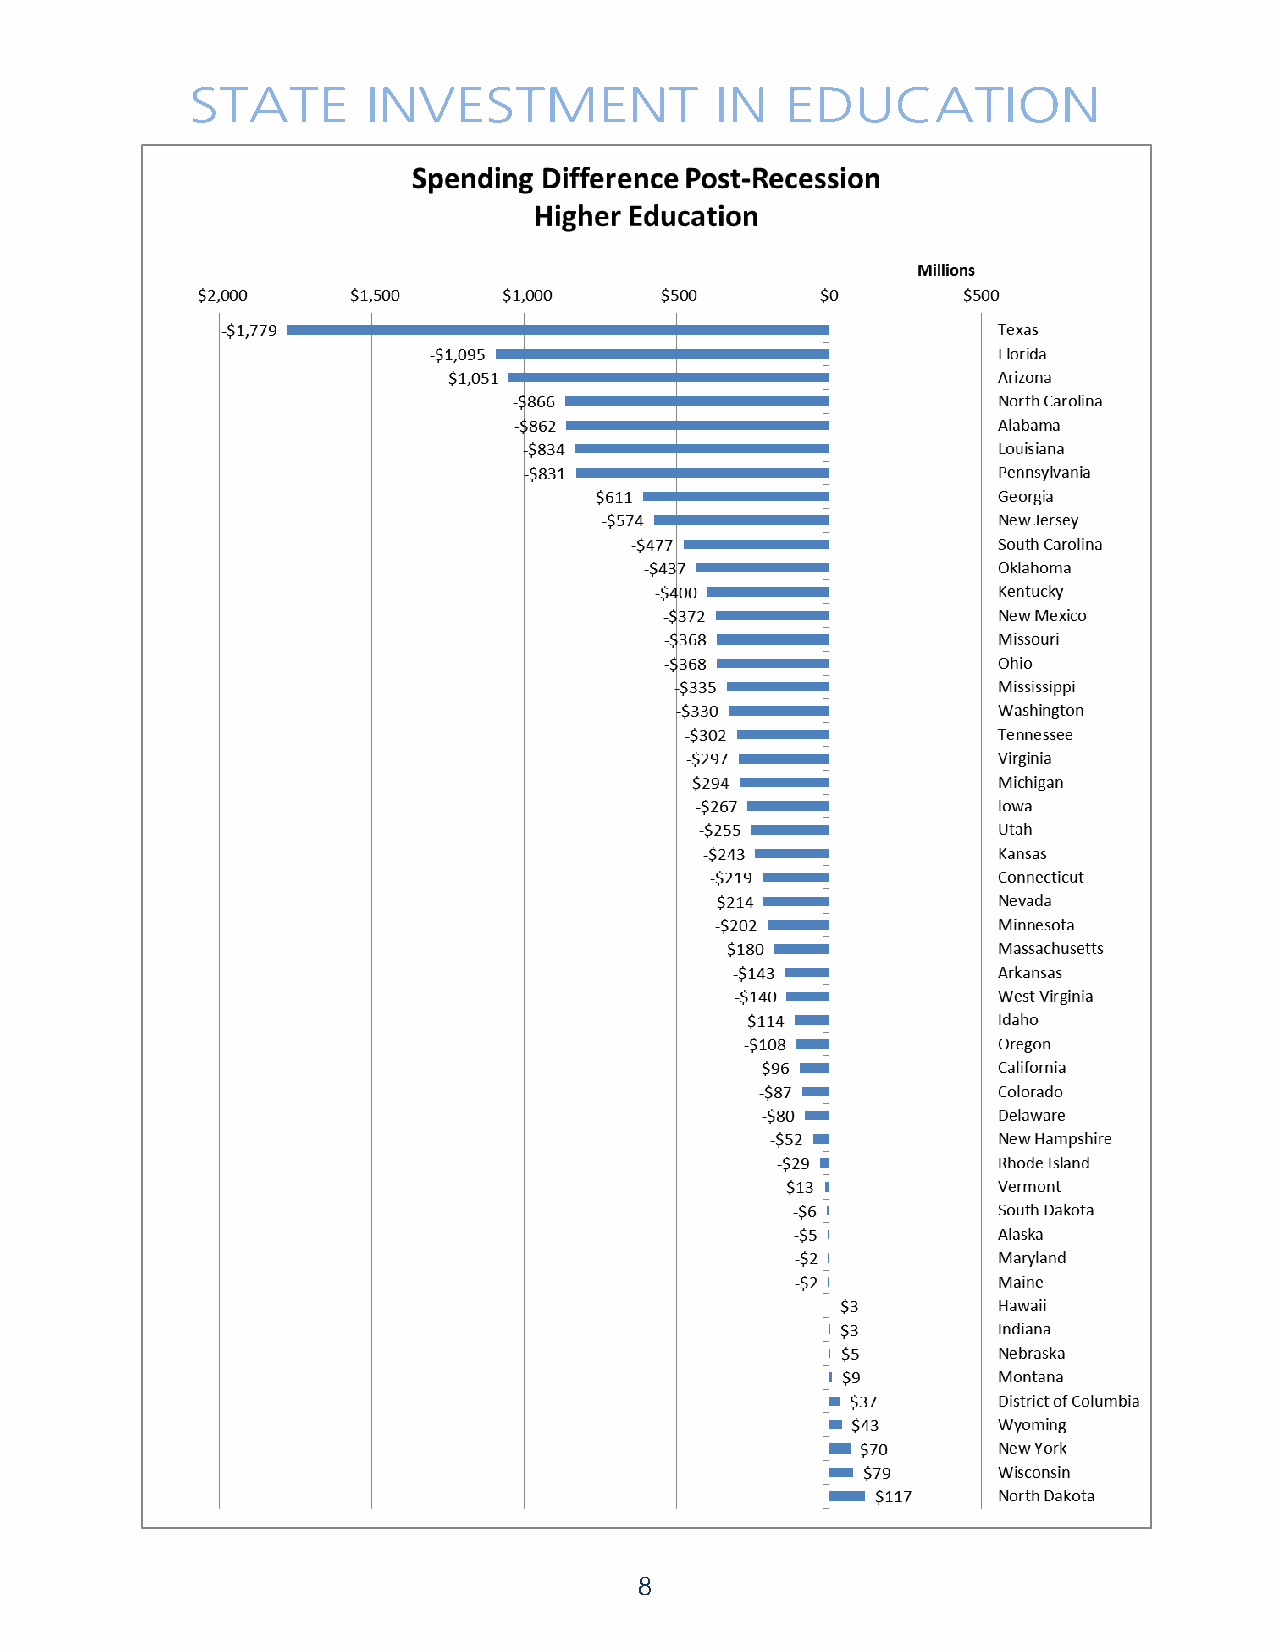
STATE      INVESTMENT             IN   EDUCATION
 8